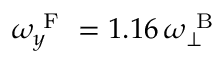
\omega _ { y } ^ { \mathrm { ~ F ~ } } = 1 . 1 6 \, \omega _ { \perp } ^ { \mathrm { ~ B ~ } }